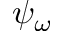
\psi _ { \omega }